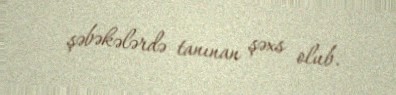
şəbəkələrdə tanınan şəxs olub.